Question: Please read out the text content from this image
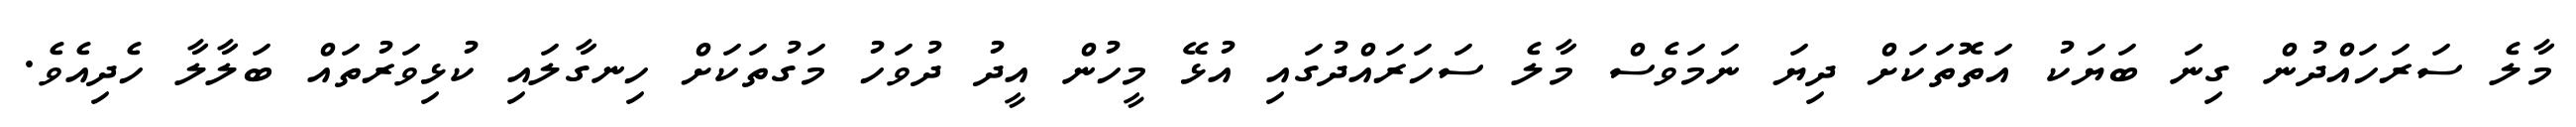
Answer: މާލެ ސަރަހައްދުން ގިނަ ބަޔަކު އަތޮތަކަށް ދިޔަ ނަމަވެސް މާލެ ސަހަރައްދުގައި އުޅޭ މީހުން އީދު ދުވަހު މަގުތަކަށް ހިނގާލައި ކުޅިވަރުތައް ބަލާލާ ހެދިއެވެ.